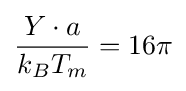
{\frac {Y\cdot a}{k_{B}T_{m}}}=16\pi